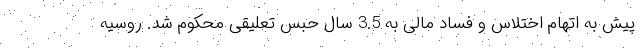
پیش به اتهام اختلاس و فساد مالی به 3.5 سال حبس تعلیقی محکوم شد. روسیه